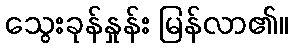
သွေးခုန်နှုန်း မြန်လာ၏။